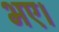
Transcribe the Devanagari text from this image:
भए।